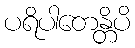
ပရိပါတေန္တိပိ